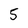
Character: 5